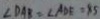
\angle D A B = \angle A D E = 8 5